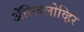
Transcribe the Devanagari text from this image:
ॲेसिक्लोव्हिर